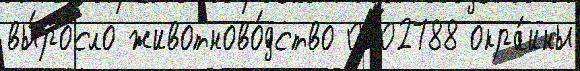
вы́росло животново́дство 0202788 окра́ины